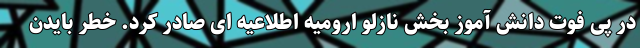
در پی فوت دانش آموز بخش نازلو ارومیه اطلاعیه ای صادر کرد. خطر بایدن